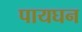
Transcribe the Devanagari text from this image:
पायघन